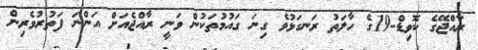
ރާއްޖޭގެ ކޮވިޑް-19ގެ ހާލަތު ރަނގަޅުވެ ގިނަ ގައުމުތަކުން ވަނީ ރާއްޖެއަށް އަންނަ ފަތުރުވެރިން